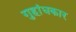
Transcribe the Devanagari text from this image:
गुहांधकार